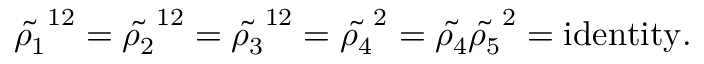
{ \tilde { \rho _ { 1 } } } ^ { 1 2 } = { \tilde { \rho _ { 2 } } } ^ { 1 2 } = { \tilde { \rho _ { 3 } } } ^ { 1 2 } = { \tilde { \rho _ { 4 } } } ^ { 2 } = { \tilde { \rho _ { 4 } } } { \tilde { \rho _ { 5 } } } ^ { 2 } = \mathrm { i d e n t i t y } .